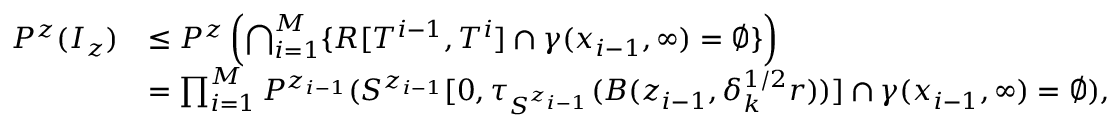
\begin{array} { r l } { P ^ { z } ( I _ { z } ) } & { \le P ^ { z } \left( \bigcap _ { i = 1 } ^ { M } \{ R [ T ^ { i - 1 } , T ^ { i } ] \cap \gamma ( x _ { i - 1 } , \infty ) = \emptyset \} \right) } \\ & { = \prod _ { i = 1 } ^ { M } P ^ { z _ { i - 1 } } ( S ^ { z _ { i - 1 } } [ 0 , \tau _ { S ^ { z _ { i - 1 } } } ( B ( z _ { i - 1 } , \delta _ { k } ^ { 1 / 2 } r ) ) ] \cap \gamma ( x _ { i - 1 } , \infty ) = \emptyset ) , } \end{array}